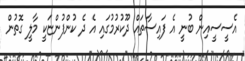
އެސީސީއިން ބުނީ އެ ފައިސާތައް ދޫކުރުމުގައި އެ ދެ ކުންފުންޏަކީ މާލީ ގޮތުން